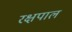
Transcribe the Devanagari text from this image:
रक्षपाल